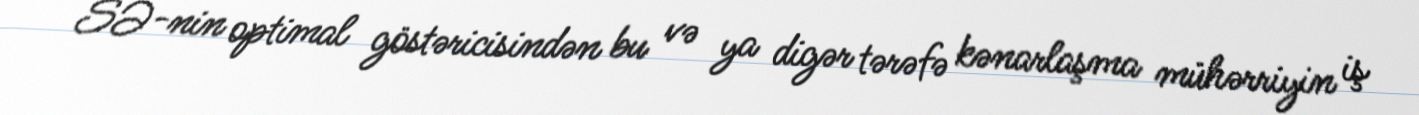
SƏ-nin optimal göstəricisindən bu və ya digər tərəfə kənarlaşma mühərriyin iş